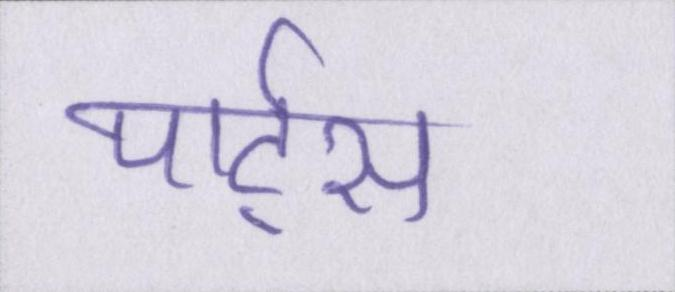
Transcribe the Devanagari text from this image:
पार्ट्स